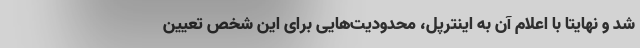
شد و نهایتاً با اعلام آن به اینترپل، محدودیت‌هایی برای این شخص تعیین